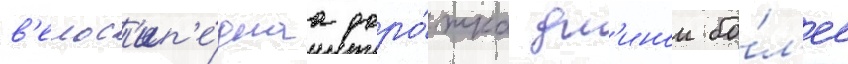
в'елос'ип'е́днаа доро́жка дл'инои бо́л'ее